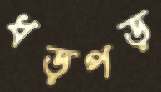
ধড়পড়